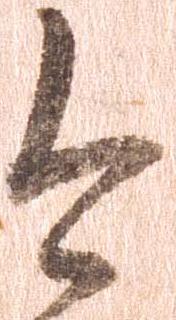
今